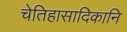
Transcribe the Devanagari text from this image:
चेतिहासादिकानि